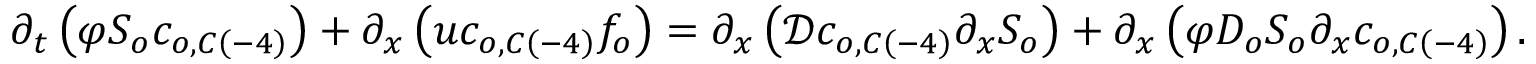
\partial _ { t } \left( \varphi S _ { o } c _ { o , C \left( - 4 \right) } \right) + \partial _ { x } \left( u c _ { o , C \left( - 4 \right) } f _ { o } \right) = \partial _ { x } \left( \mathcal { D } c _ { o , C \left( - 4 \right) } \partial _ { x } S _ { o } \right) + \partial _ { x } \left( \varphi D _ { o } S _ { o } \partial _ { x } c _ { o , C \left( - 4 \right) } \right) .